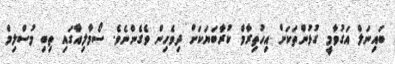
ބައިނަލް އަގުވާމީ ގުޅުންތަކަށް އިހުތިރާމް ކުރާބަޔަކަށް ދިވެހިން ވެގެންނެވެ. ސޯމާލިއާގައި ތިބި މުސްލިމް